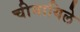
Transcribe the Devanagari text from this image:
चीमायिले